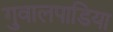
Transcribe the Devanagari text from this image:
गुवालपाडिया